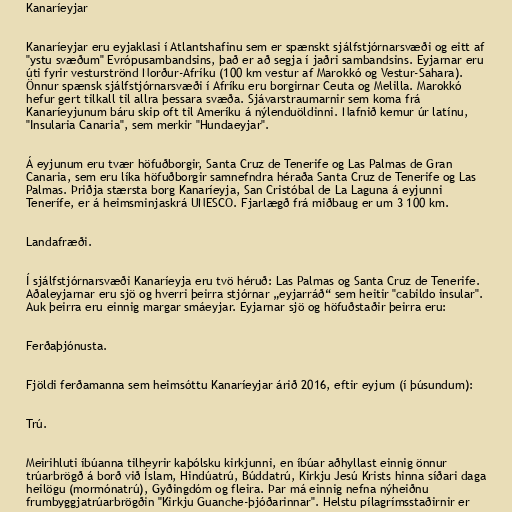
Kanaríeyjar

Kanaríeyjar eru eyjaklasi í Atlantshafinu sem er spænskt sjálfstjórnarsvæði og eitt af
"ystu svæðum" Evrópusambandsins, það er að segja í jaðri sambandsins. Eyjarnar eru
úti fyrir vesturströnd Norður-Afríku (100 km vestur af Marokkó og Vestur-Sahara).
Önnur spænsk sjálfstjórnarsvæði í Afríku eru borgirnar Ceuta og Melilla. Marokkó
hefur gert tilkall til allra þessara svæða. Sjávarstraumarnir sem koma frá
Kanaríeyjunum báru skip oft til Ameríku á nýlenduöldinni. Nafnið kemur úr latínu,
"Insularia Canaria", sem merkir "Hundaeyjar".

Á eyjunum eru tvær höfuðborgir, Santa Cruz de Tenerife og Las Palmas de Gran
Canaria, sem eru líka höfuðborgir samnefndra héraða Santa Cruz de Tenerife og Las
Palmas. Þriðja stærsta borg Kanaríeyja, San Cristóbal de La Laguna á eyjunni
Tenerífe, er á heimsminjaskrá UNESCO. Fjarlægð frá miðbaug er um 3 100 km.

Landafræði.

Í sjálfstjórnarsvæði Kanaríeyja eru tvö héruð: Las Palmas og Santa Cruz de Tenerife.
Aðaleyjarnar eru sjö og hverri þeirra stjórnar „eyjarráð“ sem heitir "cabildo insular".
Auk þeirra eru einnig margar smáeyjar. Eyjarnar sjö og höfuðstaðir þeirra eru:

Ferðaþjónusta.

Fjöldi ferðamanna sem heimsóttu Kanaríeyjar árið 2016, eftir eyjum (í þúsundum):

Trú.

Meirihluti íbúanna tilheyrir kaþólsku kirkjunni, en íbúar aðhyllast einnig önnur
trúarbrögð á borð við Íslam, Hindúatrú, Búddatrú, Kirkju Jesú Krists hinna síðari daga
heilögu (mormónatrú), Gyðingdóm og fleira. Þar má einnig nefna nýheiðnu
frumbyggjatrúarbrögðin "Kirkju Guanche-þjóðarinnar". Helstu pílagrímsstaðirnir er